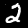
Label: 2